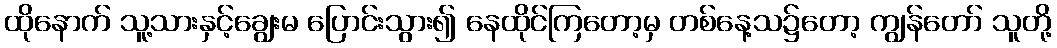
ထိုနောက် သူ့သားနှင့်ချွေးမ ပြောင်းသွား၍ နေထိုင်ကြတော့မှ တစ်နေ့သ၌တော့ ကျွန်တော် သူတို့